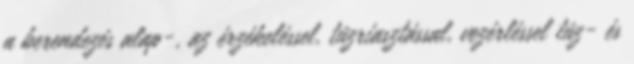
a berendezés alap-, az érzékeléssel, tûzriasztással, vezérléssel tûz- és